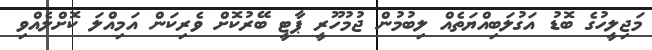
މަޖިލީހުގެ ބޮޑު އަގުލަބިއްޔަތެއް ލިބުމުން ޖުމުހޫރީ ޕާޓީ ބޭރުކޮށް ވެރިކަން އަމިއްލަ ކޮށްލެއްވި